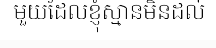
មួយដែលខ្ញុំស្មានមិនដល់